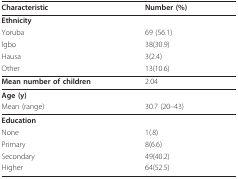
<table><thead><tr><td><b>Characteristic</b></td><td><b>Number (%)</b></td></tr></thead><tbody><tr><td><b>Ethnicity</b></td><td></td></tr><tr><td>Yoruba</td><td>69 (56.1)</td></tr><tr><td>Igbo</td><td>38(30.9)</td></tr><tr><td>Hausa</td><td>3(2.4)</td></tr><tr><td>Other</td><td>13(10.6)</td></tr><tr><td><b>Mean number of children</b></td><td>2.04</td></tr><tr><td><b>Age (y)</b></td><td></td></tr><tr><td>Mean (range)</td><td>30.7 (20--43)</td></tr><tr><td><b>Education</b></td><td></td></tr><tr><td>None</td><td>1(.8)</td></tr><tr><td>Primary</td><td>8(6.6)</td></tr><tr><td>Secondary</td><td>49(40.2)</td></tr><tr><td>Higher</td><td>64(52.5)</td></tr></tbody></table>